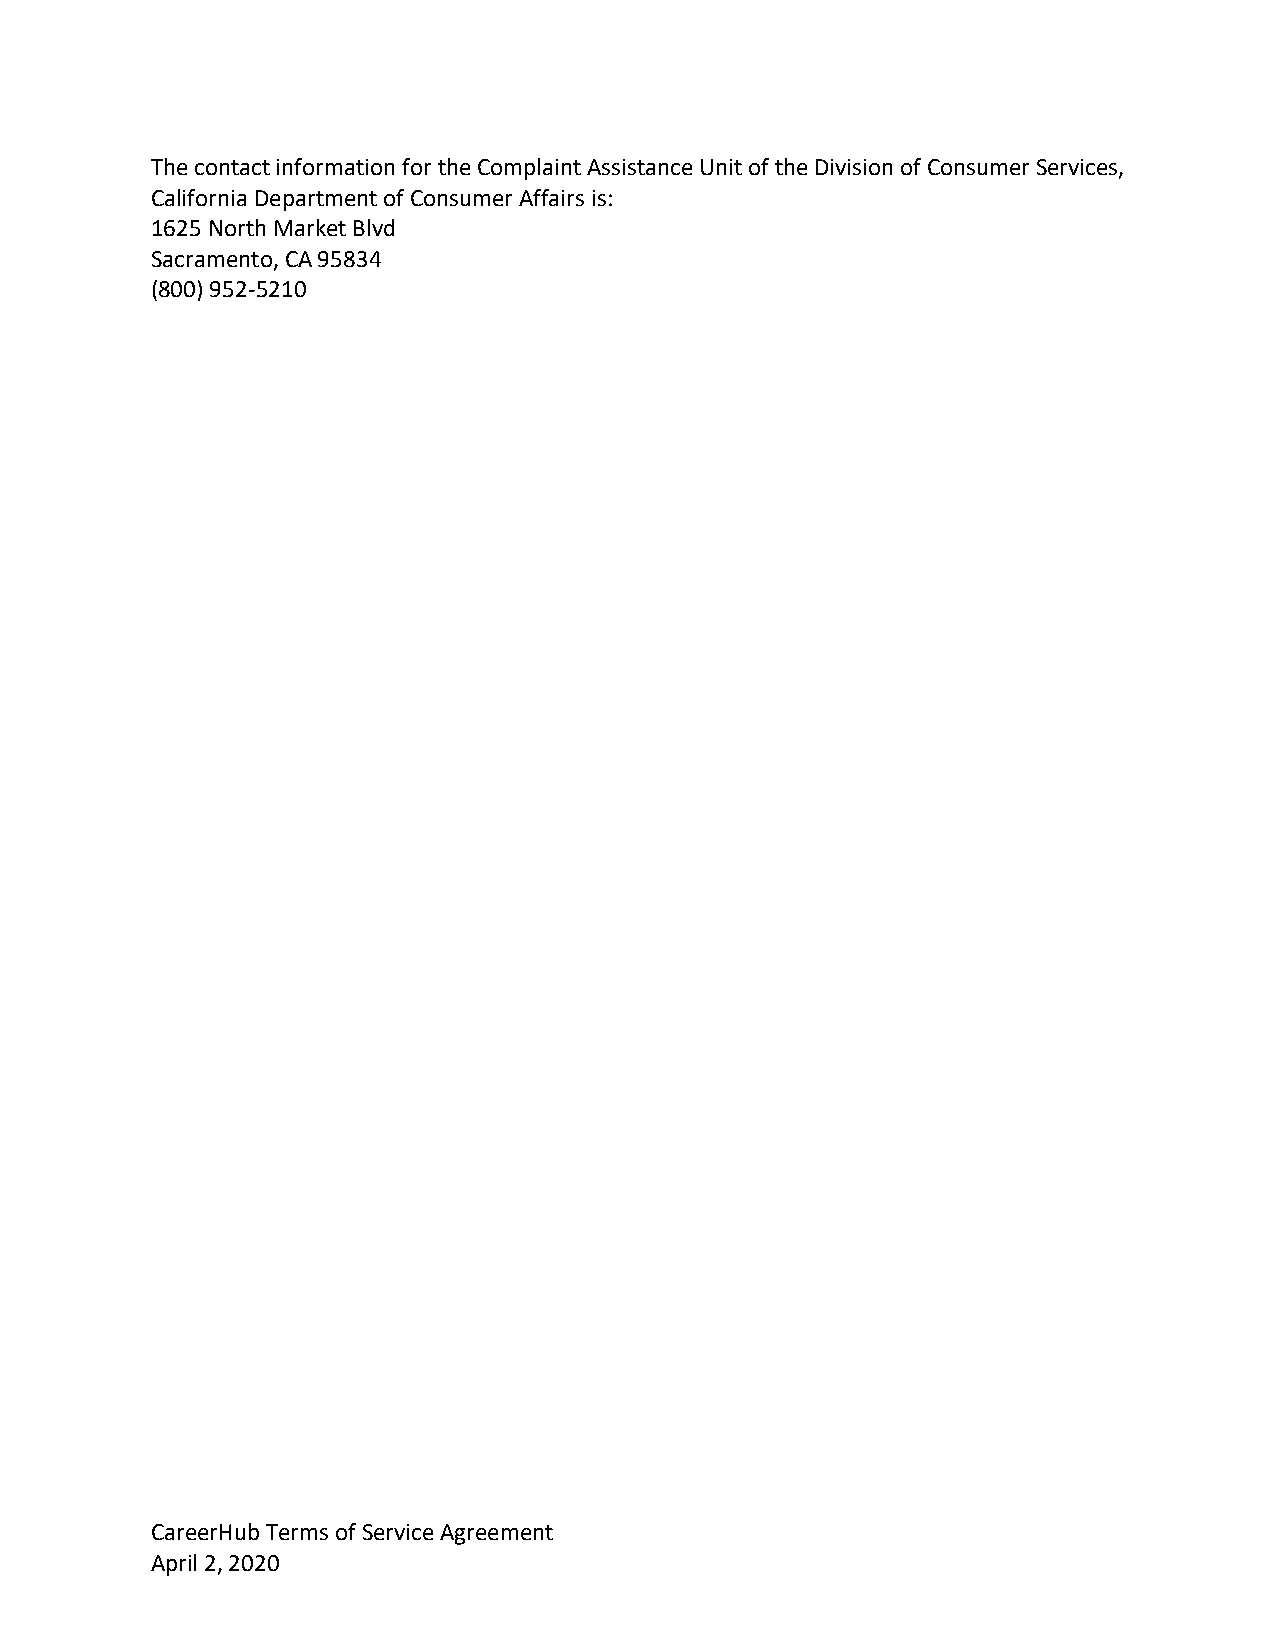
The contact information for the Complaint Assistance Unit of the Division of Consumer Services,
 California Department of Consumer Affairs is:
 1625 North Market Blvd
 Sacramento, CA 95834
 (800) 952-5210
 CareerHub Terms of Service Agreement                           10
 April 2, 2020